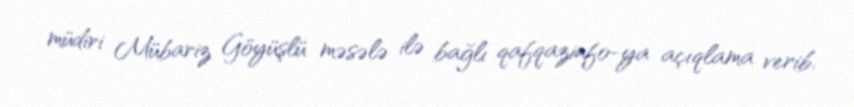
müdiri Mübariz Göyüşlü məsələ ilə bağlı qafqazinfo-ya açıqlama verib.